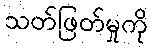
သတ်ဖြတ်မှုကို